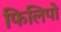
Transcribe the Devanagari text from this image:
फिलिपो